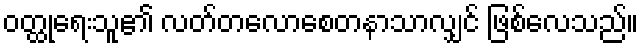
ဝတ္ထုရေးသူ၏ လတ်တလောစေတနာသာလျှင် ဖြစ်လေသည်။